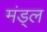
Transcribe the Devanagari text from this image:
मंड्ल